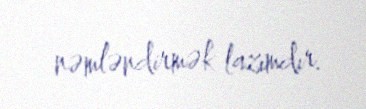
nəmləndirmək lazımdır.